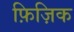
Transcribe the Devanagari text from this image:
फ़िज़िक